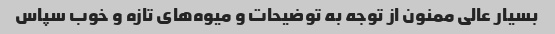
بسیار عالی ممنون از توجه به توضیحات و میوه‌های تازه و خوب سپاس